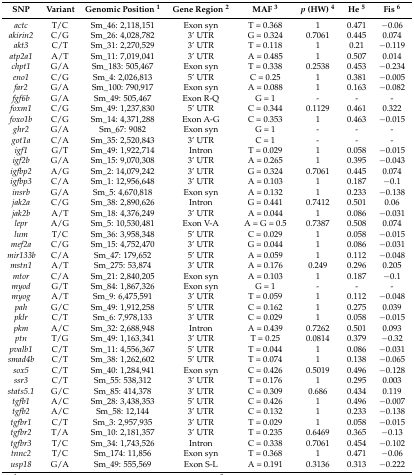
<table><thead><tr><td><b>SNP</b></td><td><b>Variant</b></td><td><b>Genomic Position <sup>1</sup></b></td><td><b>Gene Region <sup>2</sup></b></td><td><b>MAF <sup>3</sup></b></td><td><b><i>p</i> (HW) <sup>4</sup></b></td><td><b>He <sup>5</sup></b></td><td><b>Fis <sup>6</sup></b></td></tr></thead><tbody><tr><td><i>actc</i></td><td>T/C</td><td>Sm_46: 2,118,151</td><td>Exon syn</td><td>T = 0.368</td><td>1</td><td>0.471</td><td>−0.06</td></tr><tr><td><i>akirin2</i></td><td>C/G</td><td>Sm_26: 4,028,782</td><td>3’ UTR</td><td>G = 0.324</td><td>0.7061</td><td>0.445</td><td>0.074</td></tr><tr><td><i>akt3</i></td><td>C/T</td><td>Sm_31: 2,270,529</td><td>3’ UTR</td><td>T = 0.118</td><td>1</td><td>0.21</td><td>−0.119</td></tr><tr><td><i>atp2a1</i></td><td>A/T</td><td>Sm_11: 7,019,041</td><td>3’ UTR</td><td>A = 0.485</td><td>1</td><td>0.507</td><td>0.014</td></tr><tr><td><i>chpt1</i></td><td>G/A</td><td>Sm_183: 505,467</td><td>Exon syn</td><td>T = 0.338</td><td>0.2538</td><td>0.453</td><td>−0.234</td></tr><tr><td><i>eno1</i></td><td>C/G</td><td>Sm_4: 2,026,813</td><td>5’ UTR</td><td>C = 0.25</td><td>1</td><td>0.381</td><td>−0.005</td></tr><tr><td><i>far2</i></td><td>G/A</td><td>Sm_100: 790,917</td><td>Exon syn</td><td>A = 0.088</td><td>1</td><td>0.163</td><td>−0.082</td></tr><tr><td><i>fgf6b</i></td><td>G/A</td><td>Sm_49: 505,467</td><td>Exon R-Q</td><td>G = 1</td><td>-</td><td>-</td><td>-</td></tr><tr><td><i>foxm1</i></td><td>C/G</td><td>Sm_49: 1,237,830</td><td>5’ UTR</td><td>C = 0.344</td><td>0.1129</td><td>0.461</td><td>0.322</td></tr><tr><td><i>foxo1b</i></td><td>C/G</td><td>Sm_14: 4,371,288</td><td>Exon A-G</td><td>C = 0.353</td><td>1</td><td>0.463</td><td>−0.015</td></tr><tr><td><i>ghr2</i></td><td>G/A</td><td>Sm_67: 9082</td><td>Exon syn</td><td>G = 1</td><td>-</td><td>-</td><td>-</td></tr><tr><td><i>got1a</i></td><td>C/A</td><td>Sm_35: 2,520,843</td><td>3’ UTR</td><td>C = 1</td><td>-</td><td>-</td><td>-</td></tr><tr><td><i>igf1</i></td><td>G/T</td><td>Sm_49: 1,922,714</td><td>Intron </td><td>T = 0.029</td><td>1</td><td>0.058</td><td>−0.015</td></tr><tr><td><i>igf2b</i></td><td>G/A</td><td>Sm_15: 9,070,308</td><td>3’ UTR</td><td>A = 0.265</td><td>1</td><td>0.395</td><td>−0.043</td></tr><tr><td><i>igfbp2</i></td><td>A/G</td><td>Sm_2: 14,079,242</td><td>3’ UTR</td><td>G = 0.324</td><td>0.7061</td><td>0.445</td><td>0.074</td></tr><tr><td><i>igfbp3</i></td><td>C/A</td><td>Sm_1: 12,956,648</td><td>3’ UTR</td><td>A = 0.103</td><td>1</td><td>0.187</td><td>−0.1</td></tr><tr><td><i>insrb</i></td><td>G/A</td><td>Sm_5: 4,670,818</td><td>Exon syn</td><td>A = 0.132</td><td>1</td><td>0.233</td><td>−0.138</td></tr><tr><td><i>jak2a</i></td><td>C/G</td><td>Sm_38: 2,890,626</td><td>Intron </td><td>G = 0.441</td><td>0.7412</td><td>0.501</td><td>0.06</td></tr><tr><td><i>jak2b</i></td><td>A/T</td><td>Sm_18: 4,376,249</td><td>3’ UTR</td><td>A = 0.044</td><td>1</td><td>0.086</td><td>−0.031</td></tr><tr><td><i>lepr</i></td><td>A/G</td><td>Sm_5: 10,530,481</td><td>Exon V-A</td><td>A = G = 0.5</td><td>0.7387</td><td>0.508</td><td>0.074</td></tr><tr><td><i>lum</i></td><td>T/C</td><td>Sm_36: 3,958,348</td><td>5’ UTR</td><td>C = 0.029</td><td>1</td><td>0.058</td><td>−0.015</td></tr><tr><td><i>mef2a</i></td><td>C/G</td><td>Sm_15: 4,752,470</td><td>3’ UTR</td><td>G = 0.044</td><td>1</td><td>0.086</td><td>−0.031</td></tr><tr><td><i>mir133b</i></td><td>C/A</td><td>Sm_47: 179,652</td><td>5’ UTR</td><td>A = 0.059</td><td>1</td><td>0.112</td><td>−0.048</td></tr><tr><td><i>mstn1</i></td><td>A/T</td><td>Sm_275: 53,874</td><td>3’ UTR</td><td>A = 0.176</td><td>0.249</td><td>0.296</td><td>0.205</td></tr><tr><td><i>mtor</i></td><td>C/A</td><td>Sm_21: 2,840,205</td><td>Exon syn</td><td>A = 0.103</td><td>1</td><td>0.187</td><td>−0.1</td></tr><tr><td><i>myod</i></td><td>G/T</td><td>Sm_84: 1,867,326</td><td>Exon syn</td><td>G = 1</td><td>-</td><td>-</td><td>-</td></tr><tr><td><i>myog</i></td><td>A/T</td><td>Sm_9: 6,475,591</td><td>3’ UTR</td><td>T = 0.059</td><td>1</td><td>0.112</td><td>−0.048</td></tr><tr><td><i>pah</i></td><td>G/C</td><td>Sm_49: 1,912,258</td><td>5’ UTR</td><td>C = 0.162</td><td>1</td><td>0.275</td><td>0.039</td></tr><tr><td><i>pklr</i></td><td>C/T</td><td>Sm_6: 7,978,133</td><td>3’ UTR</td><td>C = 0.029</td><td>1</td><td>0.058</td><td>−0.015</td></tr><tr><td><i>pkm</i></td><td>A/C</td><td>Sm_32: 2,688,948</td><td>Intron </td><td>A = 0.439</td><td>0.7262</td><td>0.501</td><td>0.093</td></tr><tr><td><i>ptn</i></td><td>T/G</td><td>Sm_49: 1,163,341</td><td>3’ UTR</td><td>T = 0.25</td><td>0.0814</td><td>0.379</td><td>−0.32</td></tr><tr><td><i>pvalb1</i></td><td>C/T</td><td>Sm_11: 4,556,367</td><td>5’ UTR</td><td>T = 0.044</td><td>1</td><td>0.086</td><td>−0.031</td></tr><tr><td><i>smad4b</i></td><td>C/T</td><td>Sm_38: 1,262,602</td><td>5’ UTR</td><td>T = 0.074</td><td>1</td><td>0.138</td><td>−0.065</td></tr><tr><td><i>sox5</i></td><td>C/T</td><td>Sm_40: 1,284,941</td><td>Exon syn</td><td>C = 0.426</td><td>0.5019</td><td>0.496</td><td>−0.128</td></tr><tr><td><i>ssr3</i></td><td>C/T</td><td>Sm_55: 538,312</td><td>3’ UTR</td><td>T = 0.176</td><td>1</td><td>0.295</td><td>0.003</td></tr><tr><td><i>stats5.1</i></td><td>G/C</td><td>Sm_85: 414,378</td><td>3’ UTR</td><td>C = 0.309</td><td>0.686</td><td>0.434</td><td>0.119</td></tr><tr><td><i>tgfb1</i></td><td>A/C</td><td>Sm_28: 3,438,353</td><td>5’ UTR</td><td>C = 0.426</td><td>1</td><td>0.496</td><td>−0.007</td></tr><tr><td><i>tgfb2</i></td><td>A/C</td><td>Sm_58: 12,144</td><td>3’ UTR</td><td>C = 0.132</td><td>1</td><td>0.233</td><td>−0.138</td></tr><tr><td><i>tgfbr1</i></td><td>C/T</td><td>Sm_3: 2,957,935</td><td>3’ UTR</td><td>T = 0.029</td><td>1</td><td>0.058</td><td>−0.015</td></tr><tr><td><i>tgfbr2</i></td><td>T/A</td><td>Sm_10: 2,181,357</td><td>3’ UTR</td><td>T = 0.235</td><td>0.6469</td><td>0.365</td><td>−0.13</td></tr><tr><td><i>tgfbr3</i></td><td>T/C</td><td>Sm_34: 1,743,526</td><td>Intron </td><td>C = 0.338</td><td>0.7061</td><td>0.454</td><td>−0.102</td></tr><tr><td><i>tnnc2</i></td><td>T/C</td><td>Sm_174: 11,856</td><td>Exon syn </td><td>T = 0.368</td><td>1</td><td>0.471</td><td>−0.06</td></tr><tr><td><i>usp18</i></td><td>G/A</td><td>Sm_49: 555,569</td><td>Exon S-L</td><td>A = 0.191</td><td>0.3136</td><td>0.313</td><td>−0.222</td></tr></tbody></table>